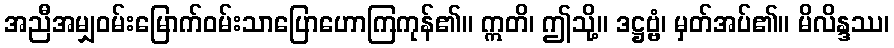
အညီအမျှဝမ်းမြောက်ဝမ်းသာပြောဟောကြကုန်၏။ ဣတိ၊ ဤသို့။ ဒဋ္ဌဗ္ဗံ၊ မှတ်အပ်၏။ မိလိန္ဒဿ၊